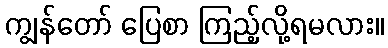
ကျွန်တော် ပြေစာ ကြည့်လို့ရမလား။